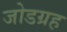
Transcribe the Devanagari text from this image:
जोडग्रह